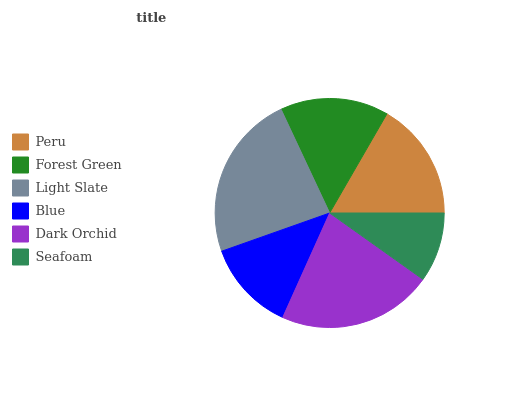
| Peru | Forest Green | Light Slate | Blue | Dark Orchid | Seafoam |
 | --- | --- | --- | --- | --- | --- |
 | 16.7% | 15.3% | 23.4% | 12.9% | 21.8% | 9.84% |